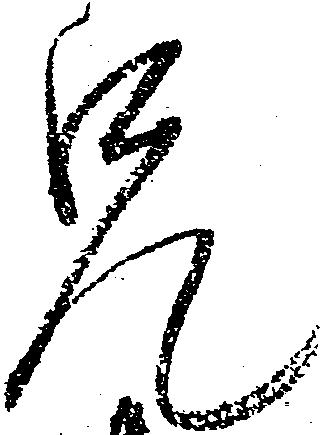
兄